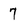
Character: 7